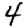
Digit: 4